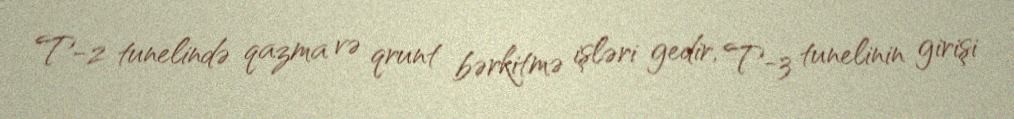
T-2 tunelində qazma və qrunt bərkitmə işləri gedir, T-3 tunelinin girişi